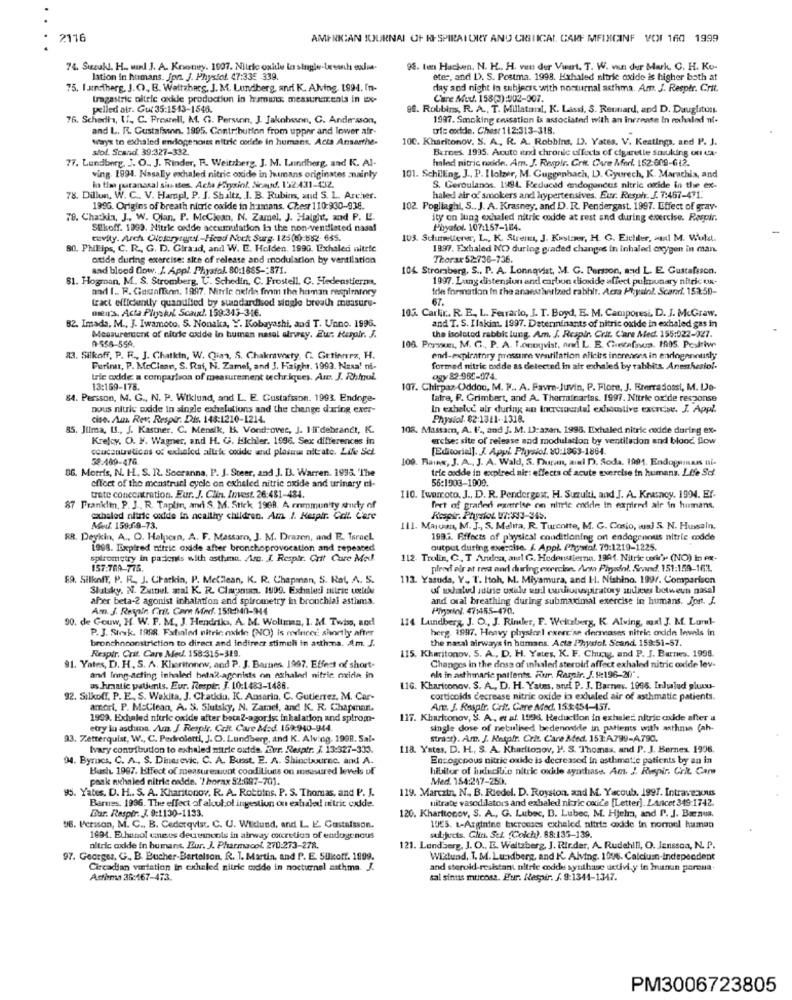
2116
AMERICAN JOURNAL OF I-SPIRAI URY AND CRITICAL. CARF MFINICINF VOI 160 1999
74. Suzuki. H ., war J. A. Krwney. 1907. Nitric oxide in single-treanh exlua.
98. ten Hacken, N. H .. H. van der Vaart. T. W. van der Mark. C. H. Ko-
lation in humans. Jon. J. Physfol. 47:335 -339.
eter, and 1). S. Postma. 1998. Exhaled nitric oxide is higher both at
75. I sinstberg, J.O ., B. Waltzberg, J. M. Lundberg, and K. Alving, 1994. In-
day and night in subjects with nocturnal asthma. Am. J. Respir. Crit.
tragastric nitric oxide production in hamis measurements in Ex-
Care Acu. 158(3):002-007.
pelled air. Gut 35:1543-1546.
98. Robbins, R. A ., T. Millatmal, K. Lassi, S. Reuniard, and D. Dauglitunt.
76. Schadh, If ,, C. Presell, M. G. Person, J. Jakobsen, C. Ander sson,
1997. Smoking cessation is associated with an increase in exhalnd ni-
and L. R. Gustafsson. 1995. Contribution from upper and lower air
Die oxide. Chest 112:313-318.
Ways to exhaled endogenous nitric corde in humane. Acta Anserthe-
100. Kharitonov. S. A, R. A. Robbins, D). Yates. V. Keatinga, and P. J.
stol. Scand. 39:327-332
Bernes. 1995. Acuto end chronic effects of cigarette smuking of Ca-
77. Lundberg, J. O. J. Rinder, R. Weitzberg, J. M. Lundberg, and K. Al-
haled nitric oxide. Am. J. Respir. Grtt. Cure Merl. 152-609-612.
101. Schilling, J ., P. I lolzer, M. Gugge
ving. 1994. Nasally exhaled nitric oxide in humans originates mainly
ach, D. Gyurech, K. Marachis, and
in time paranasal sin ttes. Acha Porysiol. Sicaod. 192.431-412.
S. Geroulanos. 1994. Reduced endogenous nitric oxide in the ex-
78. Dillon, W. C .. V. Hampl, P. J. Shaltz, J. B. Rubins, and S. L. Archer.
haled air of smokers and hypertensives. Eur. Respir. J. 7:467-471.
199G. Origins of breath nitric oxide in humans. Chest 110:930-938.
102. Pogliaghi, S ., J. A. Krasney, and D. R. Pendergast. 1997. Effect of gray-
78. Chatkla, J ., W. Olan. P. McClean, N. Zamel, J. Haight, and P. L.
ity on lung exhaled nitric oodde at rest and during exercise. Respir.
Silkoff. 1999. Nitric oxide accumulation in the non-ventilated nasal
Phyafol. 107:157-164.
cavity. Arch Oloferytgut .- Head Nock Surg. 125(6):832- 685.
103. Schummetterer, L ., K. Strenn, J. Kastamer, H. G. Eichler, and M. Wuld.
80. Phillips, C. R ., G. D. Giraud, and W. E. Holden. 199G. Exhaled nitric
1997. Exchaled NO during graded changes in Inhaled oxygen in man.
atide during exercise: site of release and modulation by ventilation
Thorax 52:736-736.
and blood Oow. J. Appl. Physfol. 80:1665 -: 871.
104. Stromberg, S .. P. A. Lonnqvist, M. C. Persson, and L. E. Gustafsson.
81. Hogman, M. S. Stromberg, C. Schedin, C. Frostell. C. Hedenstiernas,
1997. Lang distension and carbon dioxide affect pulmonary nitric ox-
and I. R. Gasafter, 1997. Nitric oxide from the human respiratory
Ide formation In the anaestiverized rabhit. Acta Physiol. Scand. 152:50-
tract efficiently quandlied by standardised single breath measure-
67.
mieir's. Acta Physiol Scaud. 159:345-346.
105. Carlir .. R. E. L. Ferrario, J. T. Boyd, E. M. Camporesi, D. J. McGraw.
82. Imada, M ., J. Iwamoto, S. Nonaka, Y. Kobayashi, and T. Unno. 1996.
and T. S. Ilakint. 1997. Determinants of nitric oxide in exhaled gas in
Measurement of nitric oxide in human nasal airway. Eur Respir. J.
0-556-554.
the isolated rabbis lung. Am. J. Respir Crit. C'are Med. 155:022-327.
108. Perssons, M. G ., P. A. T.onoyvist, and L. E. Gustafsson. 1905. Postiw
83. Silkoff, P. R ., J. Chatkin, W. Qias, S. Chakmwsty, G. Getinnrx, H.
end-expiratry pressure ventilation aficits increases in endlogenously
Furinur, P. McClean, S. Rai, N. Zamel, and 3. Haighr. 1993. Naxa! ni-
formed nitric oxide as delected in air exhaled by rabbits. Anemhesiol-
trie oxide a comparison of measurement techr.iques. Are. J. Rhinul.
ogy 82-965-974.
13:169-178.
107. Chirpaz-Oddou, M. M .. A. Pavro-Juvin, P. Flore, J. Brerradossi, M. Lo-
84. Persson, M. G ., N. P. Wiklund, and L. E. Gustafsson. 1993. Endoge-
latre, F. Grimbert, and A. Therminarias. 1997. Nitrie ox'de response
nous nitric oxide in single exhalutions and the change during exer-
In exhelye air during an Incresountel exhaustive exercise. J. Appl.
cise. Am. Rev. Respir. Dis. 148:1210-1214.
Physiol. $2:1311- 1318.
85. Jilma, U ., J. Kastner, C. Mensik, B. Vondrovec, J. Ili'debrandt, K.
108. Massam, A. I ., and J. M. D):azan. 1995. Exhaled nitric codde during ex-
Krejcy. O. F. Wagner, and H. G. Lichler. 1996. Sex differences in
ercise: site of release and modulation by ventiladon and blood flow
cducentruticas of exhaled altri codide and plosww nitrate. Like Sek
[Editorial]. J. Appl. Physiof. 20:1863-1864.
58:409-476
109. Taing, J. A ., J. A. Wald, S. Duran, ami D. Soda. 1991. Endogenass ni-
86. Morris, N. H. S. R. Scoranna, P. J. Steer, and J. I. Warren. 1998. 'The
tric codde in expired air: effects of acute exercise in humans. Life Scf.
56:1903-1009.
effect of the menstruel eyele on exhaled nitric oxide and urinary ni-
trate concentration. Eur. J. Clin. Invest. 26:481-434.
110. [warroto, J ., D. R. Pendergast. H. Suzuki, and J. A. Krasnoy. 1994. Ef-
87 Franklin, P. J .. R. Taplin, amd S. M. Stick 1969. A enimmunity shuidy of
feet of graded exatrise on nitric cride in expired air in humans.
exhaled nitric oxide in ncaltiry children. Am 1. Kespir. Colt. Care
Respir. Phpdot W7:533-345.
Meuf. 159:09-73.
III. MaIUan, M. J ., S. Malta, R. Turcotte, M. G. Cosio, wsJ S. N. Hussain.
RR. Deykin, A ., O. Halpcen, A. F. Massaro, J. M. Drazen, and E. Israel.
1993. Effects of p'rysies! conditioning on endogenous nitric cdde
1998. Expired nitric oxide after bronchoprovocation and repeated
output during exercise. J. Appl. Phystol. 79:1219-1225.
spirometry in patients with asthma. Ar. J. Respir. Crit Care Med.
112. Trulin, C. T Anden, antt G. Hedenstierna. 1994. Nitric usit's (NO) in ex-
157:769-775.
pleod air at rest and during exercise. Art Phryodol. Scand. 151:159-163.
69. Silkoff, P. R ., J. Chatkin, P. Metilean, K. R. Chapman, S. Ral, A. S.
113. Yasuda, Y ., I. Itoh, M. Miyamura, and H. Nishino. 1997. Comparison
Slutsky. N. Zumul. aral K. R. Claaninn. 1999. Exhaleci nitric uxidw
uf uxhated idtrie until end wwwurucuspiratory andices between nasal
aher beta-2 agonist inhalation and spirometry in bronchial asthma.
and oral breathing during submaximal exercise in humans. Jont. J.
Am. J. Reyyain Crit. Com Mod. 159:140-944
Pinoriol. 47:455-470.
90. de Gouw, H. W. F. M. J. Hendriks, A. M. Woliman, I. M. Twiss, and!
114 Lundberg, J. O ., J. Rimber, F. Weitzberg, K. Alving, ad J. M. Loml-
P. J. Stvsk. 1998. Fxdialed nitric oxide (NO) Is evinced shortly after
berg. 1997. Heavy physical exercise derneases nitric oxide levels in
bronchoconstriction to direct and indirect stimul in asthma. Am. J.
the nasal airways in humans. Acta Physiol. Scand. 159:51-57.
Respir. Crit. Cars Med. 158:315-319.
115. Kharitonov. S. A ., D. H. Yates, K. F. Chung, and P. J. Barnes. 1996.
91. Yates, D. H. S. A. Kheritonew, and P. J. Barnes, 1997. Effect of short-
Changes in the doss of inhaled steroid affect exhaled nitric oxide lev-
and Inng-acting inhaled heta2-agonists on exhaledi nitric oxide in
elt in asthmaric pattente Fur. Rasoir. J. H:196-20"
us.hmatic patients. Eur. Respir. J. 10:1483-1488.
116. Khariconov. S. A ., D. H. Yates, sauf P. J. Barnes. 1996. Inhyaludi pluss-
92. Silkoff, P. E ., S. Wokita, J. Chatdu, K. Ansarin, C. Gutierrez, M. Car-
corticoids decrease nitric oxide in exhaled air of asthmatic patients.
amori, P. McClean, A. S. Slutsky, N. Zamel, and K. R. Chapman.
An. J. Respir. Crit. Care Med. 153:454-157.
1999. Exhaled nitric oxide after beta2-agoris: inhalation and spirom-
117. Kharkconov, S. A ., et al. 1996. Reduction in exhaleć nitric oxide after a
etry lu asthma. Am. J. Respir. Crit. Care Mod. 159:940-944
single dose of nebulised bedenonide in patients with asthma (ah-
93. Zetterquist, W ., C. Pedroletti, J. O. Lundberg, and K. Alving, 1998. Sal-
Strast). Am. J. Netplr. Crit. Care Med. 151:A799-A790.
Ivary contribution to exhaled nitric oxide. our. Respir. X. 13:327-333.
118. Yates, D. H ., S. A. Kharitonov, P. S. Thomas, and P. J. Bernex. 1996.
94. Byrucs, C. A ., S. Dinarevic. C. A. Busst. E. A. Shincbourne, and A.
Encogenous nitric oxide is decreased In asthmatic patients by an in
Bash. 1997. Effect of measuremunt coodiliuns on measured levels of
hibitor of inducible nitric oxide synthase. Am. J. Repir, Grit. Cam
peak nihaled nitric codde. '? horax 52:697-701.
Med. 184:247-250.
95. Yates. D. H .. S. A. Kharitonov. R. A. Robbins. P. S. Thomas, and P. J.
119. Marczin, N ., B. Riedel. D. Royston, and M. Yacoub. 1997. Intravenous
nitrate vasodilators and exbaled nitric oxide [Letter]. LAricet 349-1742.
Barnes, 1996. The effect of alcul.ol inggestion on exhale! nitrit oxide.
Bar. Raspir. J. 9:1130-1133.
120. Kharttonov, S. A ., G. Lubec, B. Lubec, M. Hjelma, and P. J. Bærnuss.
96. Persson, M. C ., B. Cederqvist. C. U. Wildlund, and L. E. Gustafsson.
10€5. L-Arginine bicrosses exhaled nitris oxide in normal human
1994. Ethanol caneus deurenonle in airway cocretion of endogenous
subjects. Glin. Sel. (Colch). 88:135-139.
altric oxide in humans. Eur. J. Pharmacof. 270:273-278.
121. Lundberg, J. O ., E. Waltzberg, J. Rir.der, A. Rudehill, O. Jenssoa, N. P.
97. Georger. G ., B. Bucher-Bartelson. R. 1. Martin, and P. E. 5Ukoff. 1999.
Wiklund ,. T. M. Lundberg, and K. Alving. 1096. Calcium-Independent
Circadian variation in cxhaled nitric codde in nocturnal asthma. J.
and steroid-resistant nitric anddes systhise activi,y in bunun poroua.
Asfirma 36:167-473.
sal sinuts mucosa. Eur. Respir. J. 9:1344-1347.
PM3006723805